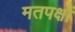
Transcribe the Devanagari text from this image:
मतपक्षों